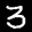
Label: 3